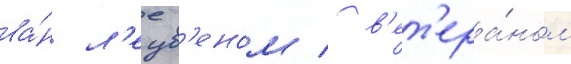
ва́н л'еув'еном / в'ет'ера́ном